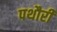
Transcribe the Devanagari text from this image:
पथौरी